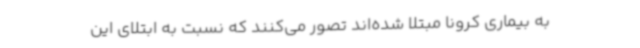
به بیماری کرونا مبتلا شده‌اند تصور می‌کنند که نسبت به ابتلای این